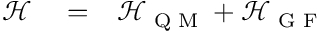
\begin{array} { r l r } { \mathscr { H } } & { { } = } & { \mathscr { H } _ { \textrm { Q M } } + \mathscr { H } _ { \textrm { G F } } } \end{array}